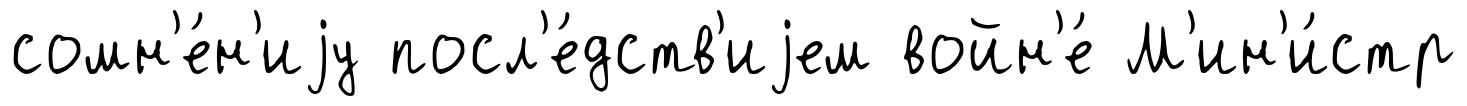
сомн'е́н'иjу посл'е́дств'иjем войн'е́ М'ин'и́стр